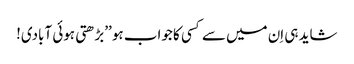
شاید ہی اِن میں سے کسی کا جواب ہو ’’بڑھتی ہوئی آبادی!